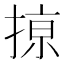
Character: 𢱊